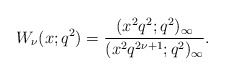
\begin{align*}W_\nu(x;q^2)=\frac{(x^2q^2;q^2)_\infty}{(x^2q^{2\nu+1};q^2)_\infty}.\end{align*}